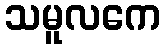
သမူလကေ